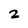
Character: 2